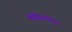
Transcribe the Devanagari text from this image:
मोहित्यांच्या